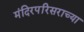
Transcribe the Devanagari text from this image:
मंदिरपरिसराच्या